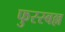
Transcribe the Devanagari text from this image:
फुस्स्बल्ल